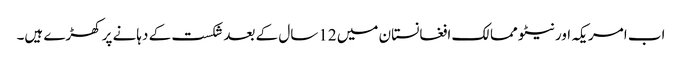
اب امریکہ اور نیٹو ممالک افغانستان میں 12سال کے بعد شکست کے دہانے پر کھڑے ہیں۔